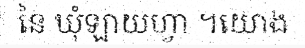
នៃ ឃុំឡាយហ្វា ។យោង